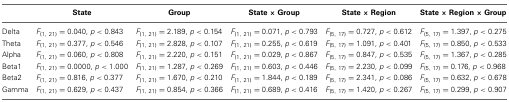
<table><thead><tr><td></td><td><b>State</b></td><td><b>Group</b></td><td><b>State × Group</b></td><td><b>State × Region</b></td><td><b>State × Region × Group</b></td></tr></thead><tbody><tr><td>Delta</td><td><i>F</i><sub>(1, 21)</sub> = 0.040, <i>p</i> &lt; 0.843</td><td><i>F</i><sub>(1, 21)</sub> = 2.189, <i>p</i> &lt; 0.154</td><td><i>F</i><sub>(1, 21)</sub> = 0.071, <i>p</i> &lt; 0.793</td><td><i>F</i><sub>(5, 17)</sub> = 0.727, <i>p</i> &lt; 0.612</td><td><i>F</i><sub>(5, 17)</sub> = 1.397, <i>p</i> &lt; 0.275</td></tr><tr><td>Theta</td><td><i>F</i><sub>(1, 21)</sub> = 0.377, <i>p</i> &lt; 0.546</td><td><i>F</i><sub>(1, 21)</sub> = 2.828, <i>p</i> &lt; 0.107</td><td><i>F</i><sub>(1, 21)</sub> = 0.255, <i>p</i> &lt; 0.619</td><td><i>F</i><sub>(5, 17)</sub> = 1.091, <i>p</i> &lt; 0.401</td><td><i>F</i><sub>(5, 17)</sub> = 0.850, <i>p</i> &lt; 0.533</td></tr><tr><td>Alpha</td><td><i>F</i><sub>(1, 21)</sub> = 0.060, <i>p</i> &lt; 0.808</td><td><i>F</i><sub>(1, 21)</sub> = 2.220, <i>p</i> &lt; 0.151</td><td><i>F</i><sub>(1, 21)</sub> = 0.029, <i>p</i> &lt; 0.867</td><td><i>F</i><sub>(5, 17)</sub> = 0.847, <i>p</i> &lt; 0.535</td><td><i>F</i><sub>(5, 17)</sub> = 1.367, <i>p</i> &lt; 0.285</td></tr><tr><td>Beta1</td><td><i>F</i><sub>(1, 21)</sub> = 0.0000, <i>p</i> &lt; 1.000</td><td><i>F</i><sub>(1, 21)</sub> = 1.287, <i>p</i> &lt; 0.269</td><td><i>F</i><sub>(1, 21)</sub> = 0.603, <i>p</i> &lt; 0.446</td><td><i>F</i><sub>(5, 17)</sub> = 2.230, <i>p</i> &lt; 0.099</td><td><i>F</i><sub>(5, 17)</sub> = 0.176, <i>p</i> &lt; 0.968</td></tr><tr><td>Beta2</td><td><i>F</i><sub>(1, 21)</sub> = 0.816, <i>p</i> &lt; 0.377</td><td><i>F</i><sub>(1, 21)</sub> = 1.670, <i>p</i> &lt; 0.210</td><td><i>F</i><sub>(1, 21)</sub> = 1.844, <i>p</i> &lt; 0.189</td><td><i>F</i><sub>(5, 17)</sub> = 2.341, <i>p</i> &lt; 0.086</td><td><i>F</i><sub>(5, 17)</sub> = 0.632, <i>p</i> &lt; 0.678</td></tr><tr><td>Gamma</td><td><i>F</i><sub>(1, 21)</sub> = 0.629, <i>p</i> &lt; 0.437</td><td><i>F</i><sub>(1, 21)</sub> = 0.854, <i>p</i> &lt; 0.366</td><td><i>F</i><sub>(1, 21)</sub> = 0.689, <i>p</i> &lt; 0.416</td><td><i>F</i><sub>(5, 17)</sub> = 1.420, <i>p</i> &lt; 0.267</td><td><i>F</i><sub>(5, 17)</sub> = 0.299, <i>p</i> &lt; 0.907</td></tr></tbody></table>